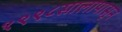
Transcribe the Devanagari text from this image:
१९९८सालापासून